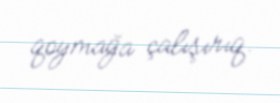
qoymağa çalışırıq.